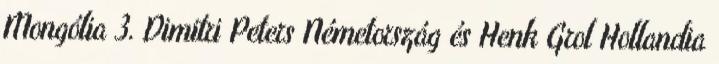
Mongólia 3. Dimitri Peters Németország és Henk Grol Hollandia